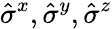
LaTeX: \hat{\sigma}^{x},\hat{\sigma}^{y},\hat{\sigma}^{z}